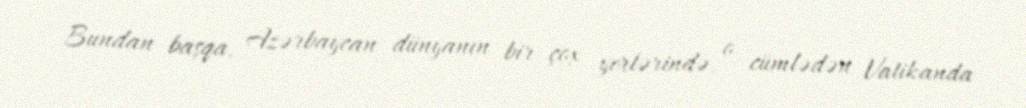
Bundan başqa, Azərbaycan dünyanın bir çox yerlərində, o cümlədən Vatikanda